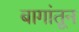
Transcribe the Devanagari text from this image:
बागांतून